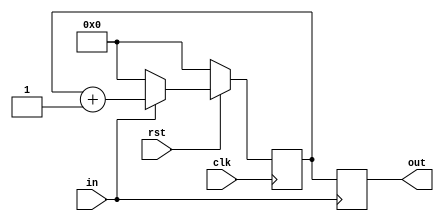
module counter( clk, rst, in, out );
	
	input clk, rst, in;
	output reg [15:0] out;
	reg [15:0] rcut = 0;

	always @( posedge clk )begin
		if ( !rst )
			rcut <= 0;
		else if( in == 0)
			rcut <= 0;
		else
			rcut <= rcut + 1;
	end
	
	always @( negedge in )begin
		out <= rcut;
	end
	
endmodule